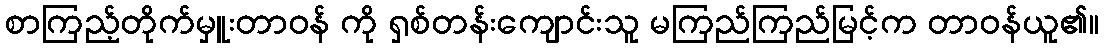
စာကြည့်တိုက်မှူးတာဝန် ကို ရှစ်တန်းကျောင်းသူ မကြည်ကြည်မြင့်က တာဝန်ယူ၏။